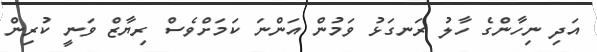
އަދި ނިހާންގެ ހާލު ރަނގަޅު ވަމުން އަންނަ ކަމަށްވެސް ރިޔާޒް ވަނީ ކުރިން